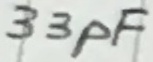
Text: 33pF